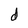
Character: d